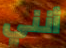
أنني